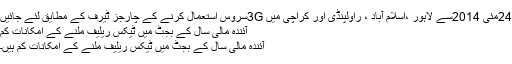
24مئی 2014سے لاہور ،اسلام آباد ، راولپنڈی اور کراچی میں 3Gسروس استعمال کرنے کے چارجز ٹیرف کے مطایق لئے جائیں
آئندہ مالی سال کے بجٹ میں ٹیکس ریلیف ملنے کے امکانات کم
آئندہ مالی سال کے بجٹ میں ٹیکس ریلیف ملنے کے امکانات کم ہیں۔